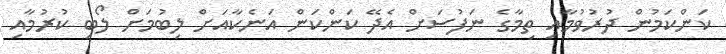
ކަންކަމުން ދުރުވުމާއި ތިމާގެ ނަފުސަށް އެދޭ ކަންކަން އަނެކާއަށް ލިބުމަށް ލޯބި ކުރުމާއި